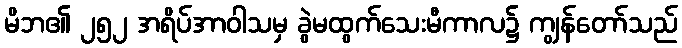
မိဘ၏ ၂၅၂ အရိပ်အာဝါသမှ ခွဲမထွက်သေးမီကာလ၌ ကျွန်တော်သည်